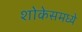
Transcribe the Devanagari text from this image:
शोकेसमध्ये